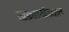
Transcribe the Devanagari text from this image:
खड्याखेड्यात